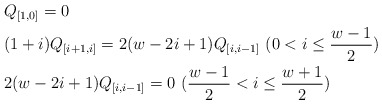
\begin{align*} & Q_{[1,0]} = 0 \\ & (1+i) Q_{[i+1,i]} = 2 ( w-2i+1) Q_{[i,i-1]} \ (0<i\leq \frac{w-1}{2}) \\ & 2 ( w-2i+1) Q_{[i,i-1]} = 0 \ ( \frac{w-1}{2} < i \leq\frac{w+1}{2} ) \end{align*}